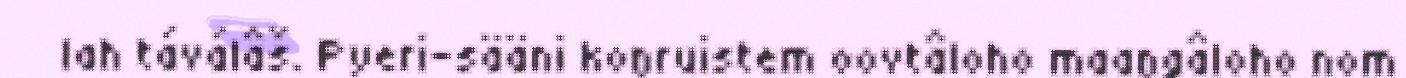
lah táválâš. Pyeri-sääni koŋruistem oovtâloho maaŋgâloho nom